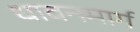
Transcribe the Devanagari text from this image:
धावनमार्ग